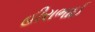
હીરાભાઈ